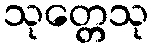
သုတ္တေသု